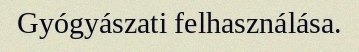
Gyógyászati felhasználása.